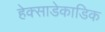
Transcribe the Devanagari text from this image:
हेक्साडेकाडिक